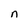
Character: n